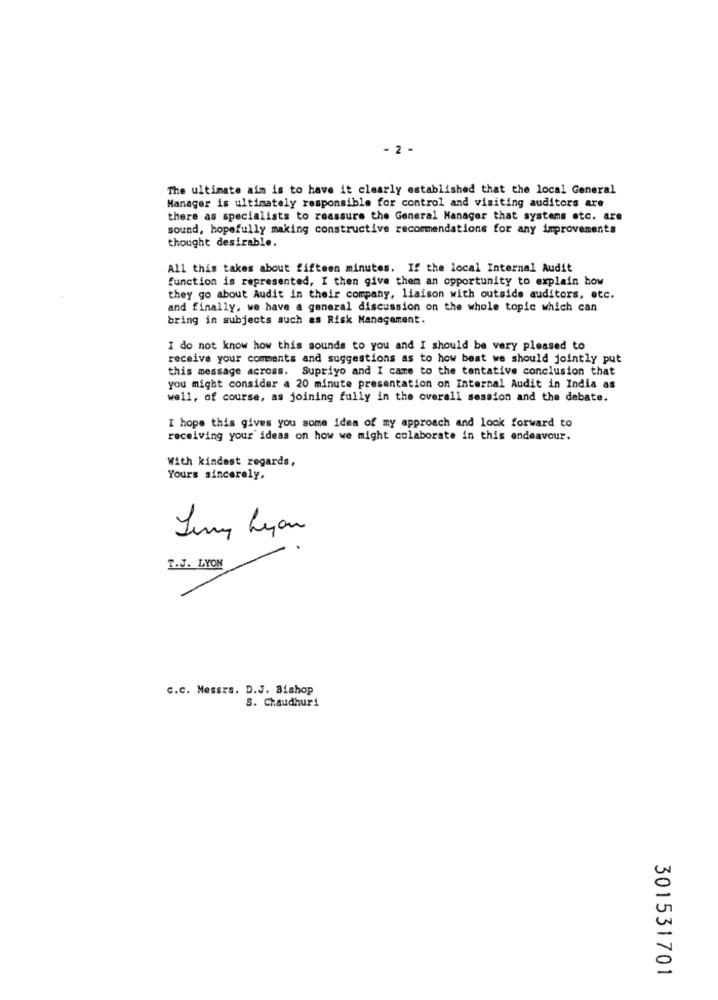
- 2 -
The ultimate aim is to have it clearly established that the local General
Manager is ultimately responsible for control and visiting auditors are
there as specialists to reassure the General Manager that systems etc. are
sound, hopefully making constructive recommendations for any improvements
thought desirable.
All this takes about fifteen minutes. If the local Internal Audit
function is represented, I then give them an opportunity to explain how
they go about Audit in their company, liaison with outside auditors, etc.
and finally, we have a general discussion on the whole topic which can
bring in subjects such as Risk Management.
I do not know how this sounds to you and I should be very pleased to
receive your comments and suggestions as to how best we should jointly put
this message across. Supriyo and I came to the tentative conclusion that
you might consider a 20 minute presentation on Internal Audit in India as
well, of course, as joining fully in the overall session and the debate.
I hope this gives you some idea of my approach and look forward to
receiving your ideas on how we might colaborate in this endeavour.
With kindest regards,
Yours sincerely,
Juny Lyon
T.J. LYON
C.C. Messrs. D.J. Bishop
S. Chaudhuri
301531701